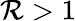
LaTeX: \mathcal{R}>1